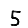
Digit: 5